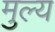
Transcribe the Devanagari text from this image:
मुल्‍य